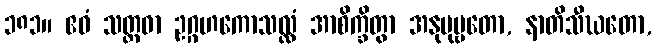
၁၈၁။ ဧဝံ သတ္တဓာ ဥဂ္ဂဟကောသလ္လံ အာစိက္ခိတွာ အနုပုဗ္ဗတော, နာတိသီဃတော,